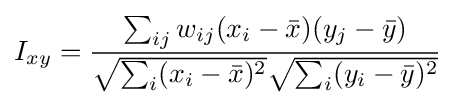
I_{xy}={\frac {\sum _{ij}w_{ij}(x_{i}-{\bar {x}})(y_{j}-{\bar {y}})}{{\sqrt {\sum _{i}(x_{i}-{\bar {x}})^{2}}}{\sqrt {\sum _{i}(y_{i}-{\bar {y}})^{2}}}}}